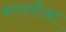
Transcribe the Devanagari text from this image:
बंगरमौआ